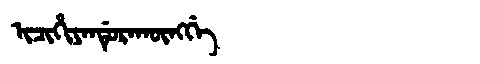
Manchu: ᡳᠴᡳᡥᡳᠶᠠᠨᡩᡠᡵᠠᡴᡡᠩᡤᡝ
Romanization: ICIHIYANDURAKŪNGGE